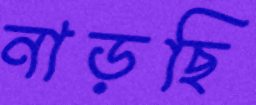
নাড়ছি